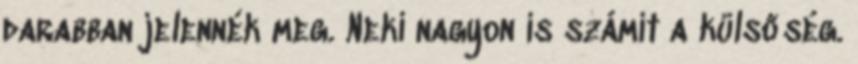
darabban jelennék meg. Neki nagyon is számít a külsőség.